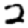
Digit: 2